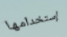
إستخدامها